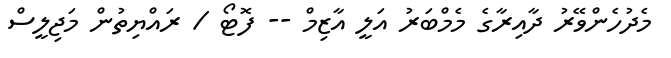
މެދުހެންވޭރު ދާއިރާގެ މެމްބަރު އަލީ އާޒިމް -- ފޮޓޯ / ރައްޔިތުން މަޖިލީސް